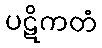
ပဋိကတံ